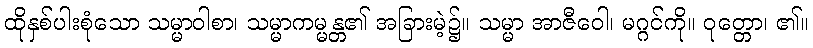
ထိုနှစ်ပါးစုံသော သမ္မာဝါစာ၊ သမ္မာကမ္မန္တ၏ အခြားမဲ့၌။ သမ္မာ အာဇီဝေါ၊ မဂ္ဂင်ကို။ ဝုတ္တော၊ ၏။